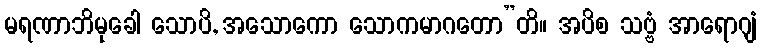
မရဏာဘိမုခေါ သောပိ, အသောကော သောကမာဂတော”တိ။ အပိစ သဗ္ဗံ အာရောဂျံ